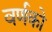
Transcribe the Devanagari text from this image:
वर्णको